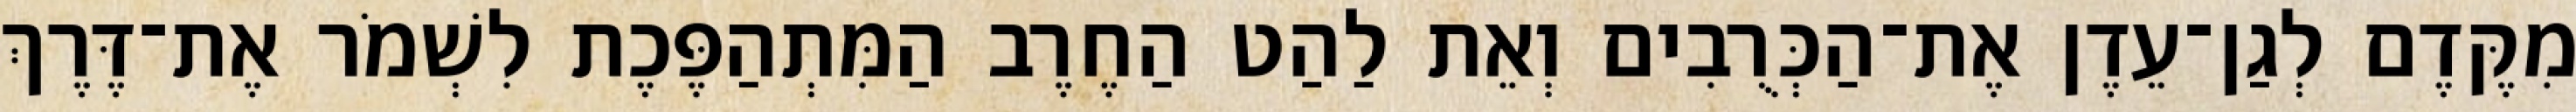
מִקֶּדֶם לְגַן־עֵדֶן אֶת־הַכְּרֻבִים וְאֵת לַהַט הַחֶרֶב הַמִּתְהַפֶּכֶת לִשְׁמֹר אֶת־דֶּרֶךְ